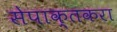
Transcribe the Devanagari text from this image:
सेपाक्तकरा